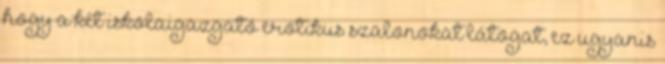
hogy a két iskolaigazgató erotikus szalonokat látogat, ez ugyanis